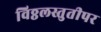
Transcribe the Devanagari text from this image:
विठ्ठलस्तुतीपर